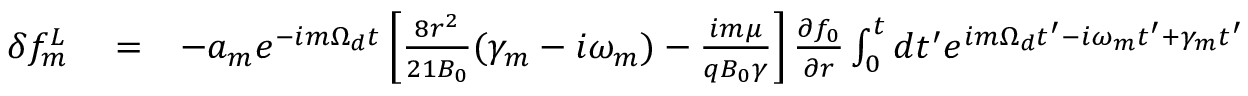
\begin{array} { r l r } { \delta f _ { m } ^ { L } } & { { } = } & { - a _ { m } e ^ { - i m \Omega _ { d } t } \left[ \frac { 8 r ^ { 2 } } { 2 1 B _ { 0 } } ( \gamma _ { m } - i \omega _ { m } ) - \frac { i m \mu } { q B _ { 0 } \gamma } \right] \frac { \partial f _ { 0 } } { \partial r } \int _ { 0 } ^ { t } d t ^ { \prime } e ^ { i m \Omega _ { d } t ^ { \prime } - i \omega _ { m } t ^ { \prime } + \gamma _ { m } t ^ { \prime } } } \end{array}